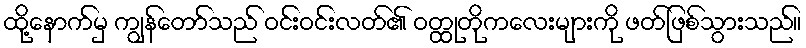
ထို့နောက်မှ ကျွန်တော်သည် ဝင်းဝင်းလတ်၏ ဝတ္ထုတိုကလေးများကို ဖတ်ဖြစ်သွားသည်။